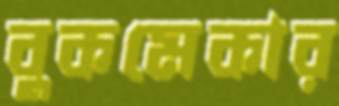
বুকমেকার